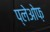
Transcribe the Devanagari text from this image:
प्लेओफ़